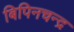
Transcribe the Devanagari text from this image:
बिपिनचन्द्र